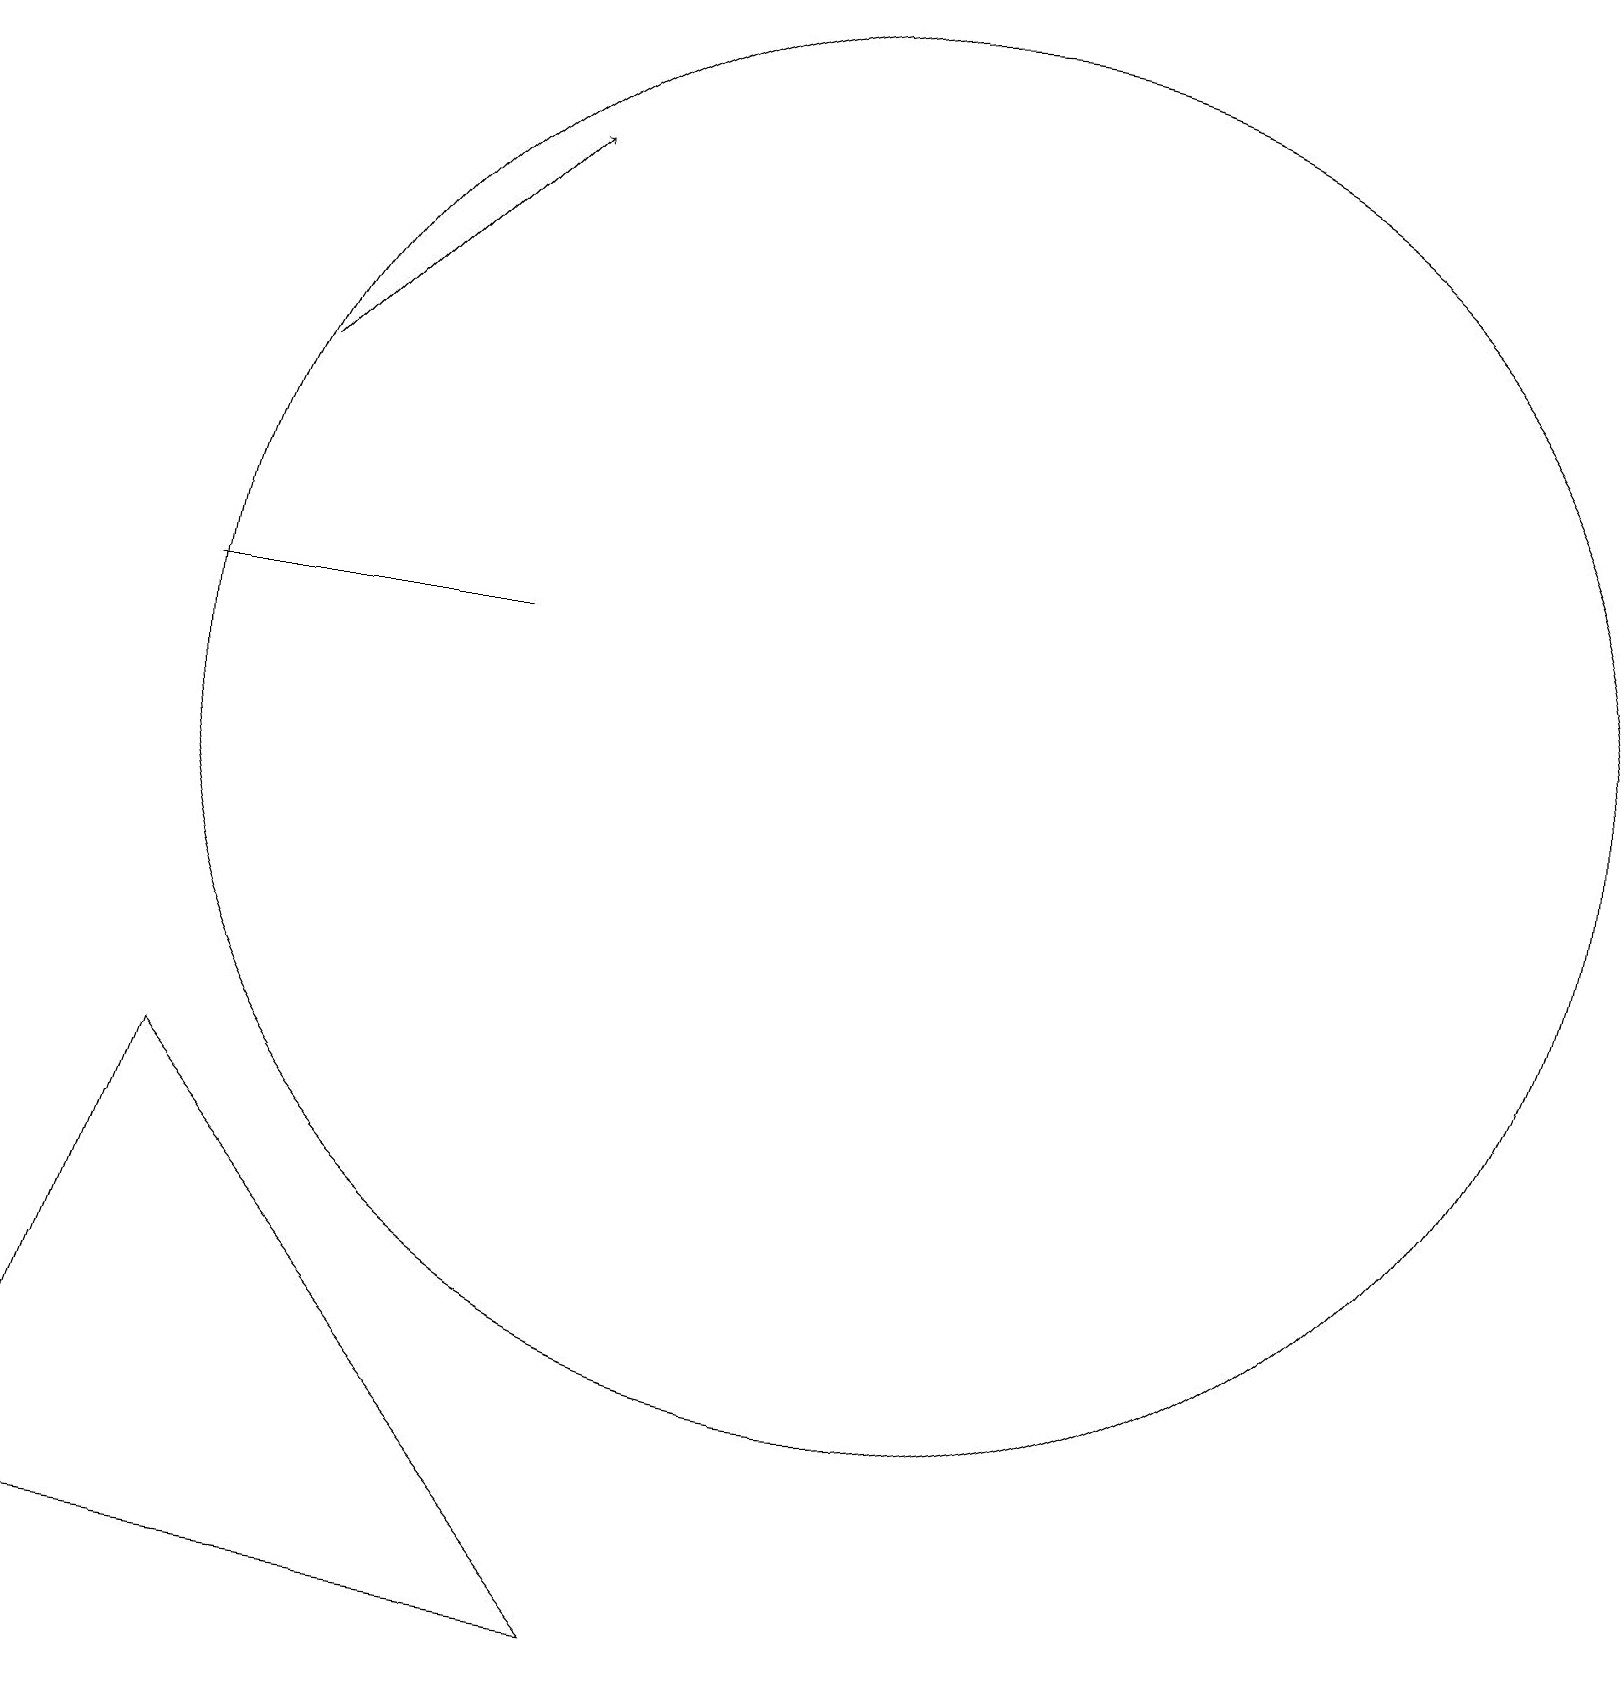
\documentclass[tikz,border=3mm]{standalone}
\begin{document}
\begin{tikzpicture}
\draw (2,13) rectangle (6,13);
\draw (2,7) -- (0,1) -- (8,0) -- cycle;
\draw (11,12) circle (9);
\draw[->] (3,16) -- (6,19);
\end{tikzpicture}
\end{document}